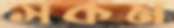
সকম